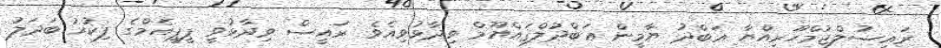
ރައީސުލްޖުމްހޫރިއްޔާ ޢަބްދު ޔާމީން ޢަބްދުލްޤައްޔޫމް ވިދާޅުވިއެވެ. ރައީސް ވިދާޅުވީ ޕީޕީއެމްގެ ފިކުރު ބަދަލު